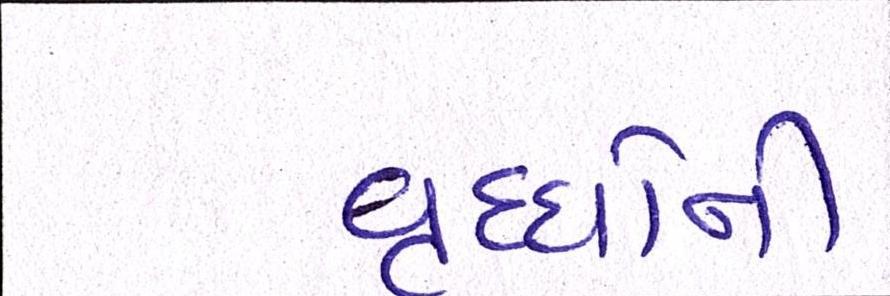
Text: વૃધ્ધોની